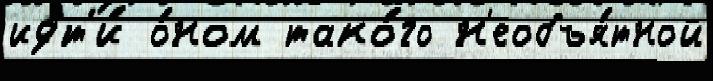
идт'и́ о́ном тако́го н'еобъя́тной